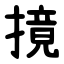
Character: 摬